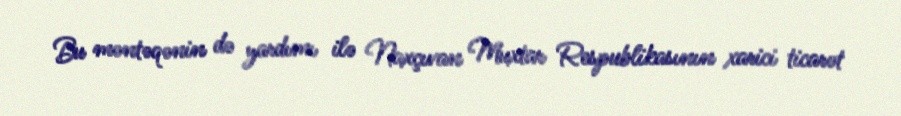
Bu məntəqənin də yardımı ilə Naxçıvan Muxtar Respublikasının xarici ticarət